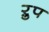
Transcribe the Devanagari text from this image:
ऱुप